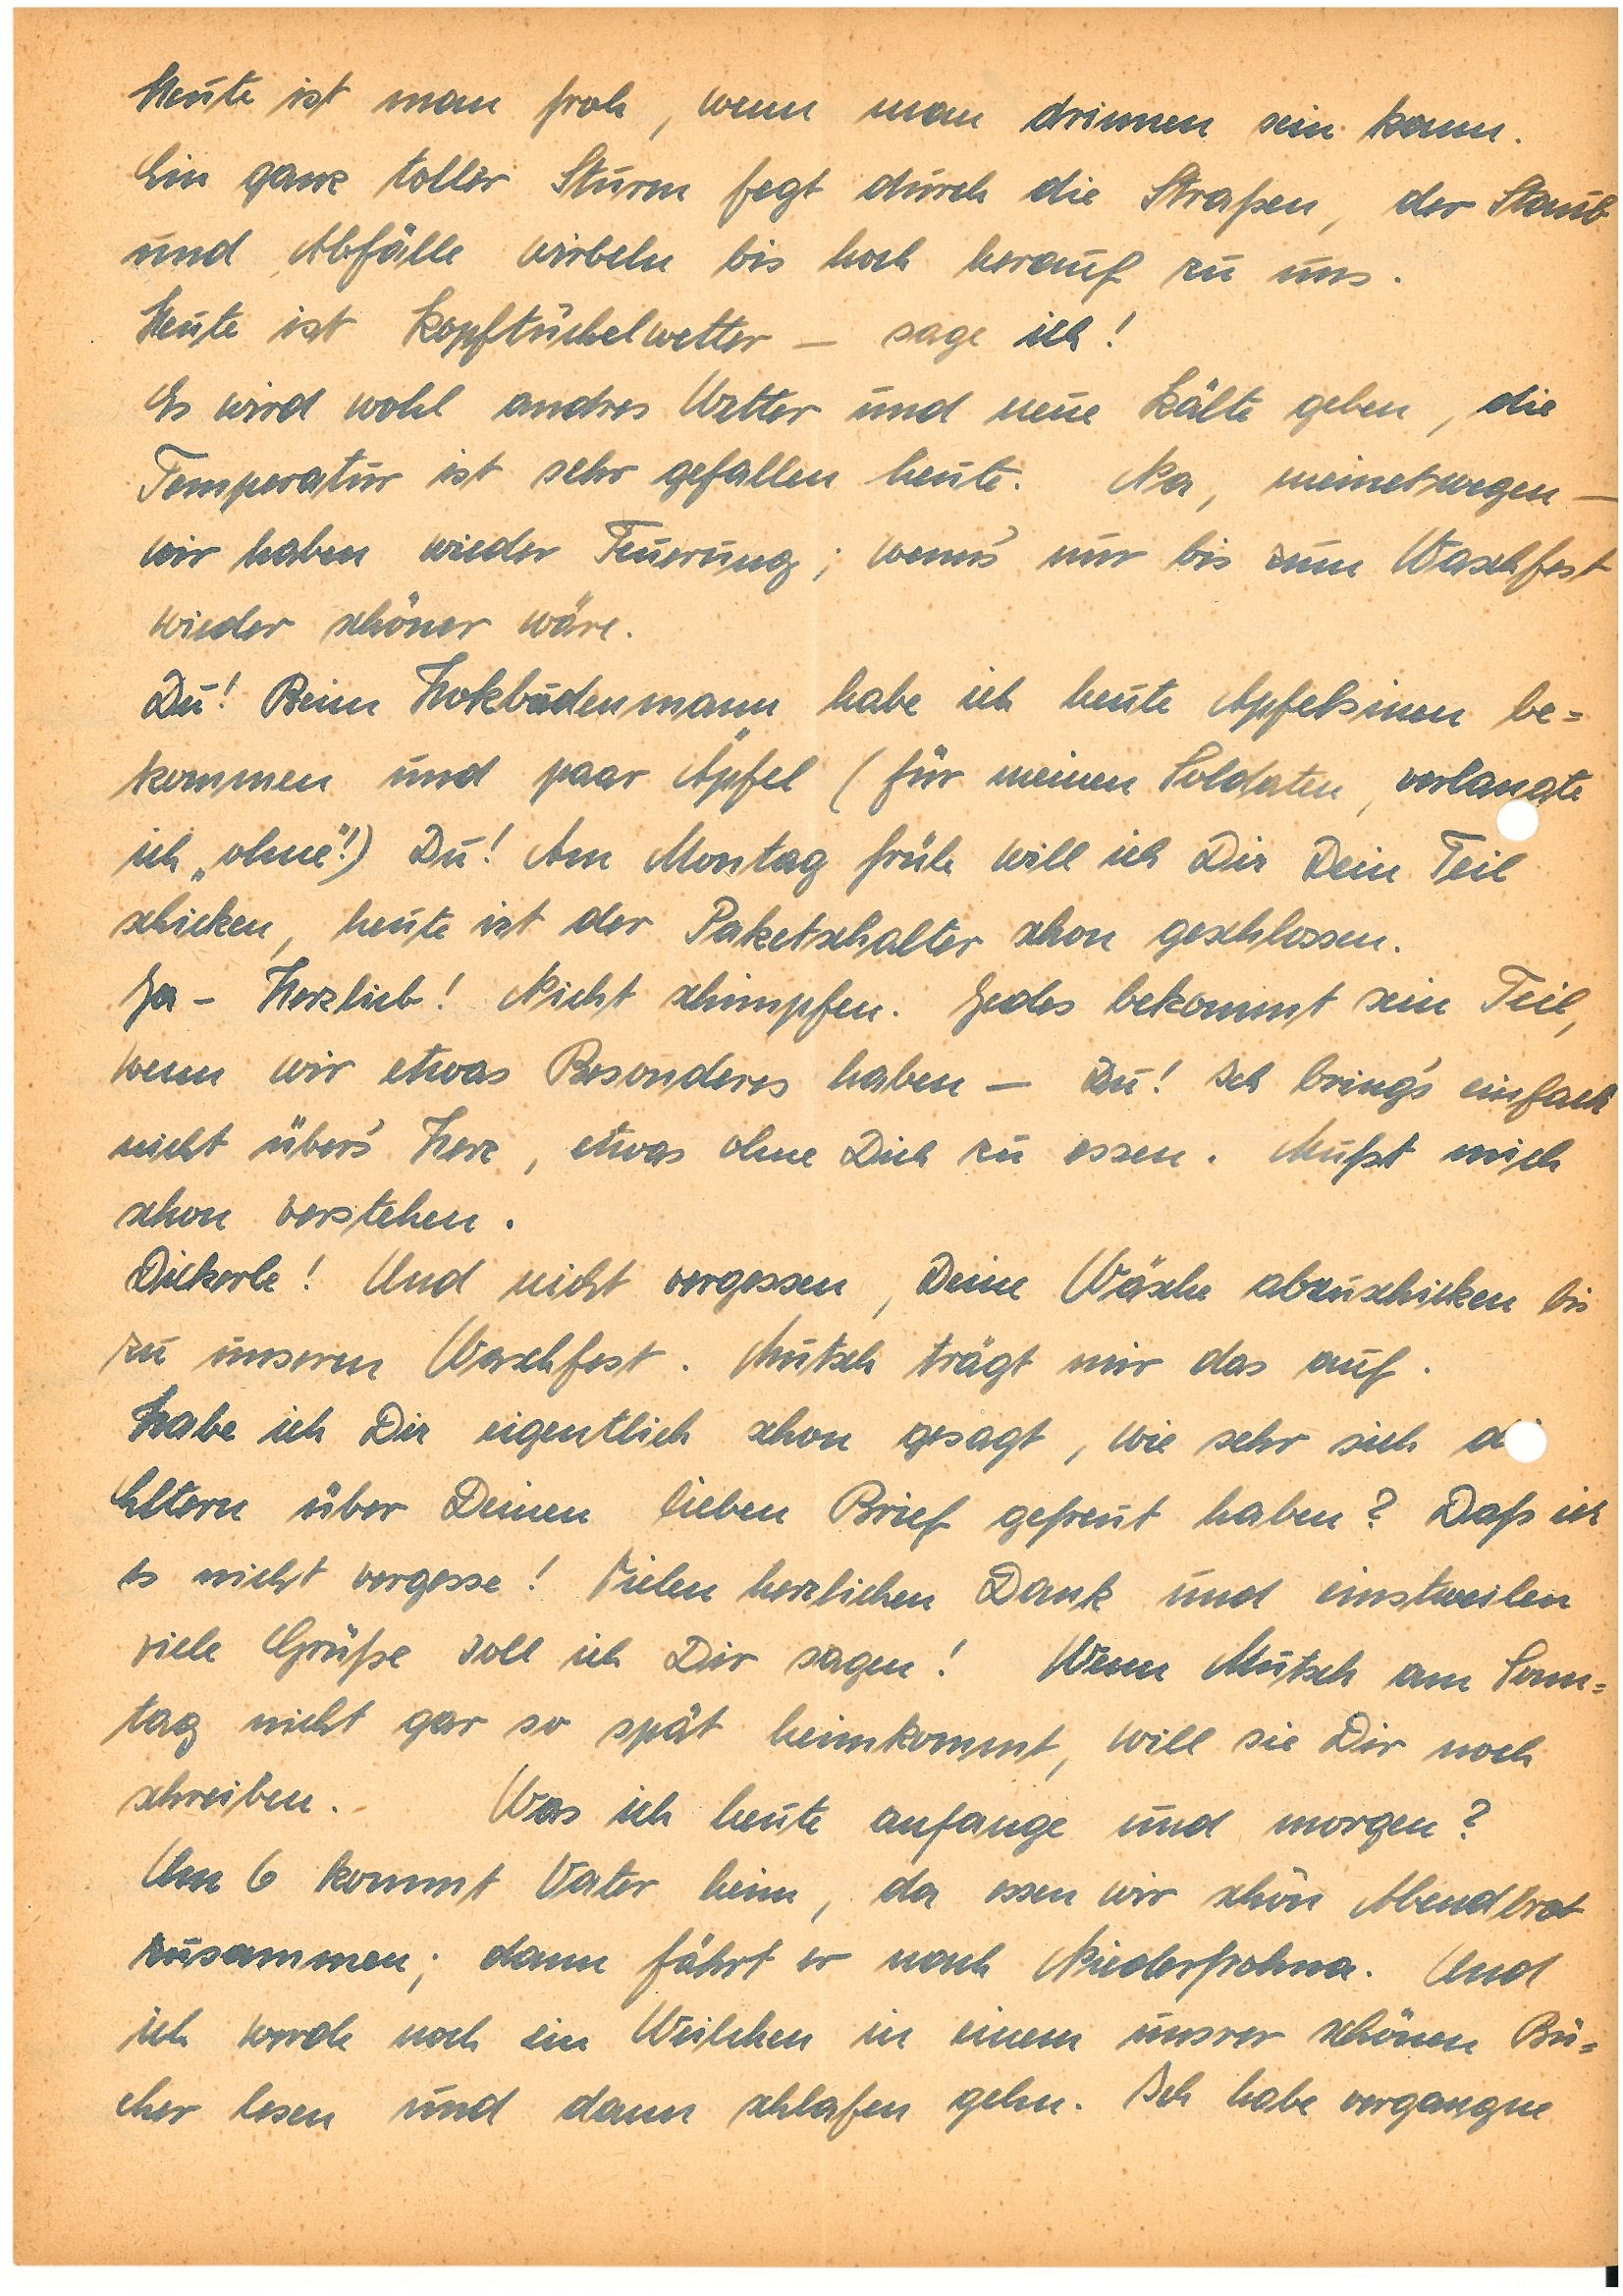
Heute ist man froh, wenn man drinnen sein kann.
Ein ganz toller Sturm fegt durch die Straßen, der Staub
und Abfälle wirbeln bis hoch herauf zu uns.
Heute ist Kopftuchel wetter – sage ich!
Es wird wohl andres Wetter und neue Kälte geben, die
Temperatur ist sehr gefallen heute. Na, meinetwegen –
wir haben wieder Feuerung; wenns‘  nur bis zum Waschfest
wieder schöner wäre.
Du! Beim Holzbudenmann habe ich heute Apfelsinen be¬
kommen und  paar Äpfel (für meinen Soldaten, verlangte
ich „ohne“!) Du! Am Montag früh will ich Dir Dein Teil
schicken, heute ist der Paketschalter schon geschlossen.
Ja – Herzlieb! Nicht schimpfen. Jedes bekommt sein Teil,
wenn wir etwas Besonderes haben – Du! Ich brings‘ einfach
nicht übers‘ Herz, etwas ohne Dich zu essen.  Mußt mich
schon verstehen.
Dickerle! Und nicht vergessen, Deine Wäsche abzuschicken bis
zu unserem Waschfest. Mutsch trägt mir das auf.
Habe ich Dir eigentlich schon gesagt, wie sehr sich d
Eltern über Deinen lieben Brief gefreut haben? Daß ich
es nicht vergesse! Vielen herzlichen Dank und einstweilen
viele Grüße soll ich Dir sagen! Wenn Mutsch am Sonn¬
tag nicht gar so spät heimkommt, will sie Dir noch
schreiben. Was ich heute anfange und morgen?
Um 6 kommt Vater heim, da essen wir schön Abendbrot
zusammen; dann fährt er nach N. und
ich werde noch ein Weilchen in einem unsrer schönen Bü¬
cher lesen und dann schlafen gehen. Ich habe vergangene